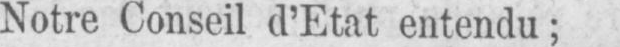
Notre Conseil d’Etat entendu;